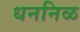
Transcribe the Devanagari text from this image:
धननिळ